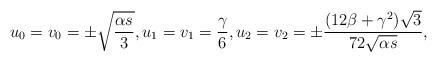
LaTeX: \begin{align*}u_0 = v_0 = \pm\sqrt{\frac{\alpha s}{3}},u_1 = v_1 = \frac{\gamma}{6},u_2 = v_2 = \pm\frac{(12\beta+\gamma^2)\sqrt{3}}{72\sqrt{\alpha s}},\end{align*}